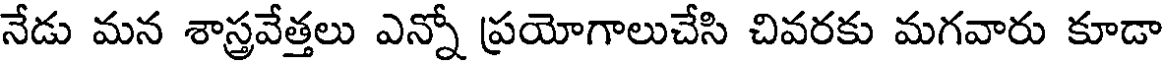
నేడు మన శాస్త్రవేత్తలు ఎన్నో ప్రయోగాలుచేసి చివరకు మగవారు కూడా